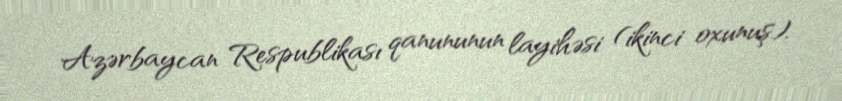
Azərbaycan Respublikası qanununun layihəsi (ikinci oxunuş).